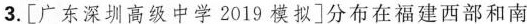
3.[广东深圳高级中学2019模拟]分布在福建西部和南